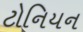
ટોનિયન